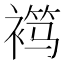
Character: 𬡦